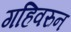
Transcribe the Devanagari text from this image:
गहिवरुन